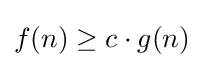
f(n)\geq c\cdot g(n)